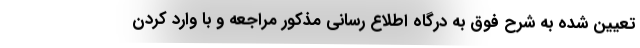
تعیین شده به شرح فوق به درگاه اطلاع رسانی مذکور مراجعه و با وارد کردن